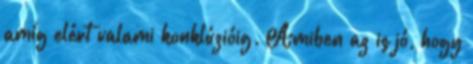
amíg elért valami konklúzióig. Amiben az is jó, hogy